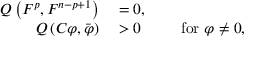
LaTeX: \begin{array} { r l r l } { Q \left( F ^ { p } , F ^ { n - p + 1 } \right) } & { { } = 0 , } \\ { Q \left( C \varphi , { \bar { \varphi } } \right) } & { { } > 0 } & { } & { { } { \mathrm { ~ f o r ~ } } \varphi \neq 0 , } \end{array}